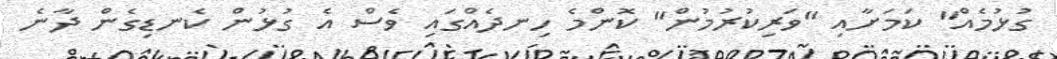
ގުޅުމެއް" ކަމަށާއި "ވަރިކުރުމުން" ކޮންމެ ހިނދެއްގައި ވެސް އެ ގުޅުން ކެނޑިގެން ދާނެ